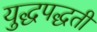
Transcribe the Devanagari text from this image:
युद्धपद्धती